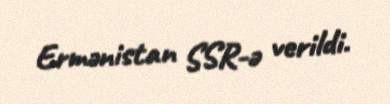
Ermənistan SSR-ə verildi.